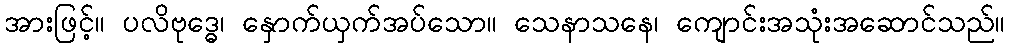
အားဖြင့်။ ပလိဗုဒ္ဓေ၊ နှောက်ယှက်အပ်သော။ သေနာသနေ၊ ကျောင်းအသုံးအဆောင်သည်။